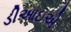
ડીઆઇએ